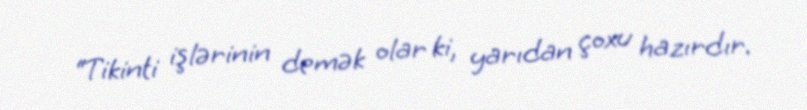
“Tikinti işlərinin demək olar ki, yarıdan çoxu hazırdır.